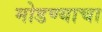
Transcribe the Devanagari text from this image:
मोडण्याचा